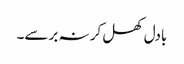
بادل کھل کر نہ برسے۔